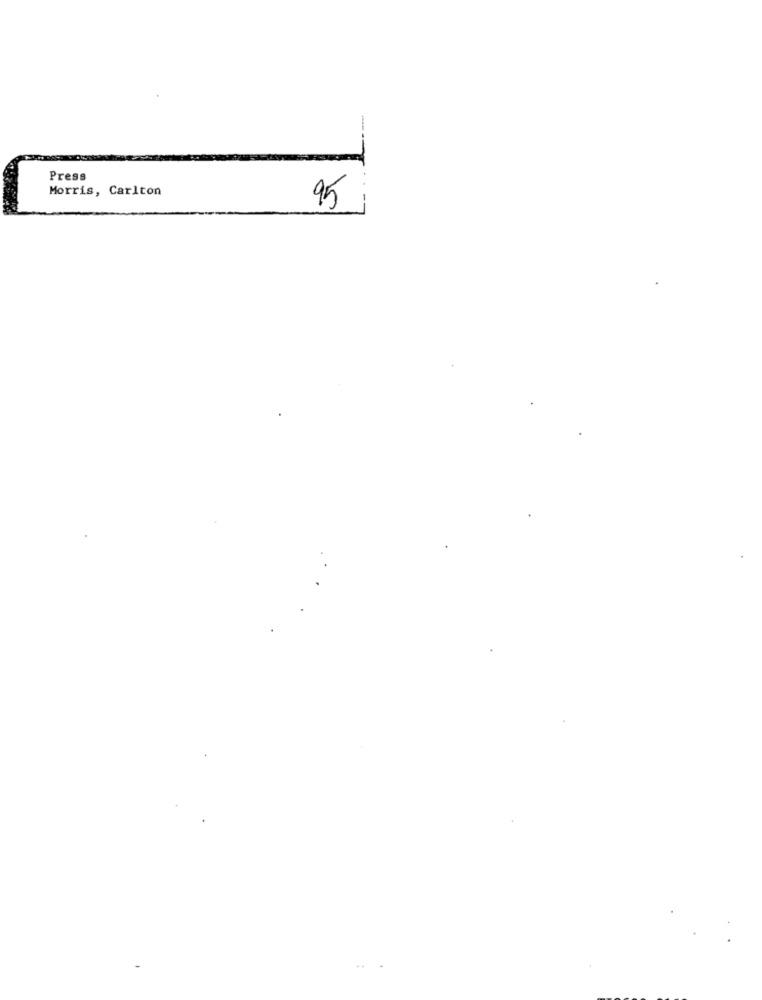
Press
Morris, Carlton
95